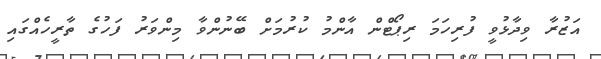
އަޒުރާ ވިދާޅުވީ ފުރިހަމަ ރިޕޯޓްން އާންމު ކުރުމަށް ބޭނުންވާ މިންވަރު ފަހުގެ ތާރީހެއްގައި